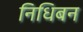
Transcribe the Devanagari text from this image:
निधिबन